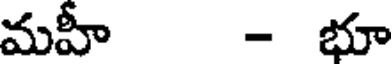
మహీ - భూ